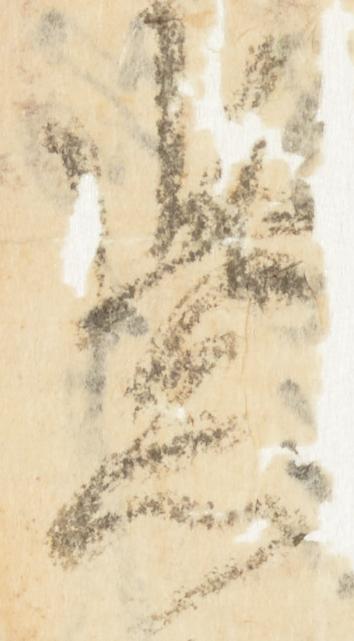
紫